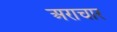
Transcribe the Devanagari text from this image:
अराचार